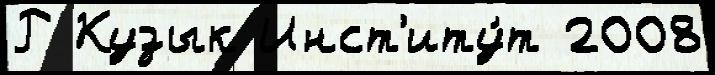
Р Кузык Инст'иту́т 2008